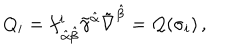
LaTeX: Q _ { i } = f _ { \, \hat { \alpha } \hat { \beta } } ^ { i } \tilde { \gamma } ^ { \hat { \alpha } } \tilde { \nabla } ^ { \hat { \beta } } = { \cal Q } ( \sigma _ { i } ) \, ,